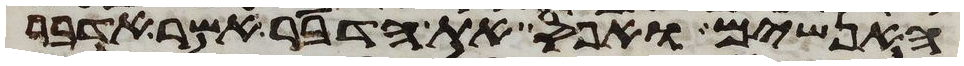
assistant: האנשים ואפס את הדבר אשר אדבר